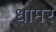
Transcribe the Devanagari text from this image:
धामर